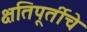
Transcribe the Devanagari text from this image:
क्षतिपूर्तीचे